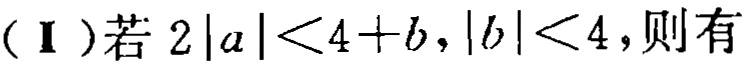
(Ⅰ)若\(2|a|<4 + b,|b|<4\)，则有